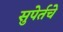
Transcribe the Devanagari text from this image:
सुपेर्तचे